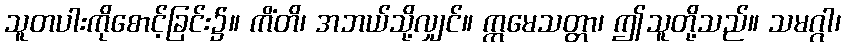
သူတပါးကိုစောင့်ခြင်း၌။ ကိံတိ၊ အဘယ်သို့လျှင်။ ဣမေသတ္တာ၊ ဤသူတို့သည်။ သမဂ္ဂါ၊